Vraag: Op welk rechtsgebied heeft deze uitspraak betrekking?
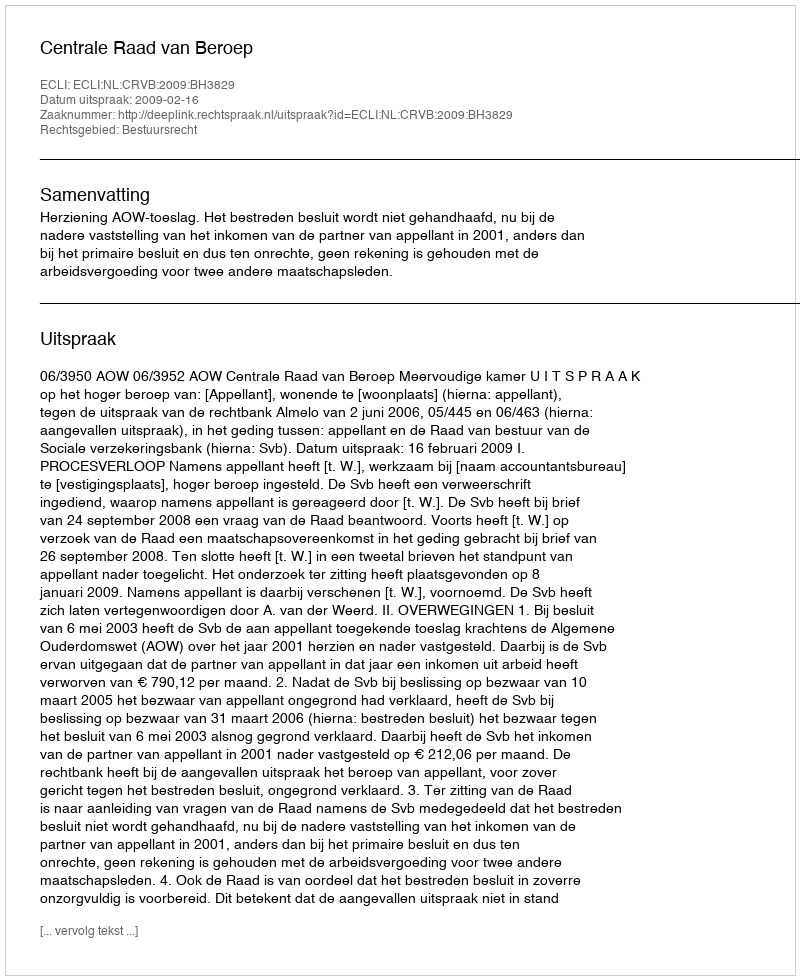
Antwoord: Bestuursrecht